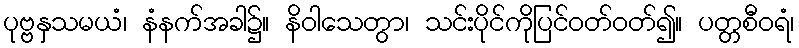
ပုဗ္ဗနှသမယံ၊ နံနက်အခါ၌။ နိဝါသေတွာ၊ သင်းပိုင်ကိုပြင်ဝတ်ဝတ်၍။ ပတ္တစီဝရံ၊